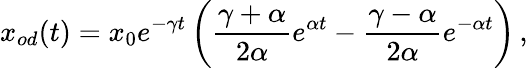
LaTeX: x_{od}(t)=x_{0}e^{-\gamma t}\left(\frac{\gamma+\alpha}{2\alpha}e^{\alpha t}-\frac{\gamma-\alpha}{2\alpha}e^{-\alpha t}\right)\, ,